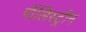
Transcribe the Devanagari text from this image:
पॉलिस्ट्रीन